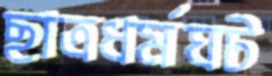
ছাত্রধর্মঘট